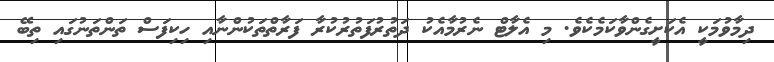
ދިމާވުމަކީ އެކަށީގެންވާކަމެކެވެ. މި އެލާޓް ނެރުމާއެކު ދަތުރުފަތުރުކުރާ ފަރާތްތަކުންނާއި ހިކިފަސް ތަންތަނުގައި ތިބޭ